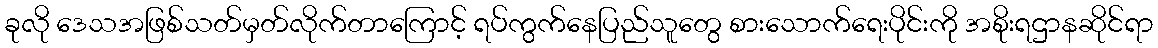
ခုလို ဒေသအဖြစ်သတ်မှတ်လိုက်တာကြောင့် ရပ်ကွက်နေပြည်သူတွေ စားသောက်ရေးပိုင်းကို အစိုးရဌာနဆိုင်ရာ